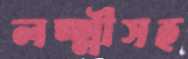
লক্ষ্মীসহ